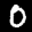
Label: 0